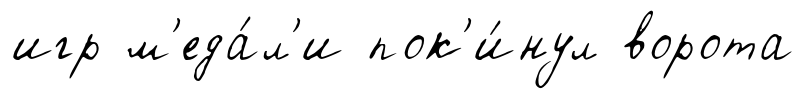
игр м'еда́л'и пок'и́нул ворота